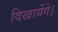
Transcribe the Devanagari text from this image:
दिखायेंगे।